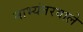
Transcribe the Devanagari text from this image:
नाभ्यंतरवाले